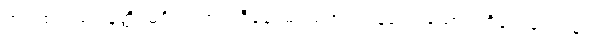
အသစ်သည်။ နတ္ထိ၊ မရှိပါ။ အပ္ပဟီနေ၊ မပယ်အပ်ကုန်သေးသော။ ကိလေသေပန၊